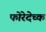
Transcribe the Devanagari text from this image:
फोरेदेच्क